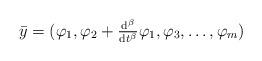
LaTeX: \begin{align*}\begin{aligned}\bar{y}&=(\varphi_1,\varphi_2+\tfrac{\mathrm{d}^\beta}{\mathrm{d}t^\beta}\varphi_1,\varphi_3,\ldots,\varphi_m)\end{aligned}\end{align*}